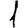
Digit: 1